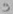
Text: 9